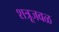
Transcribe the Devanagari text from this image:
शत्रूजवळ